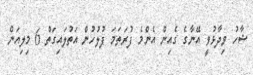
ޝާހު ވިދާޅުވީ އޭނާގެ ގެއިން އެންމެ ފުރަތަމަ ފުލުހުން އަތުލައިގަތް 6 މިލިއަން